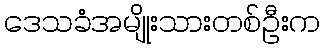
ဒေသခံအမျိုးသားတစ်ဦးက